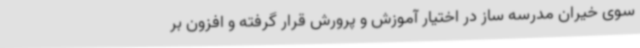
سوی خیران مدرسه ساز در اختیار آموزش و پرورش قرار گرفته و افزون بر